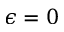
\epsilon = 0